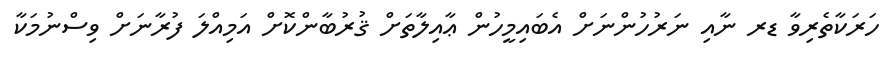
ހަރަކާތެރިވާ ޑރ ނާއި ނަރުހުންނަށް އެބައިމީހުން ޢާއިލާތަށް ޤުރުބާންކޮށް އަމިއްލަ ފުރާނަށް ވިސްނުމަކާ